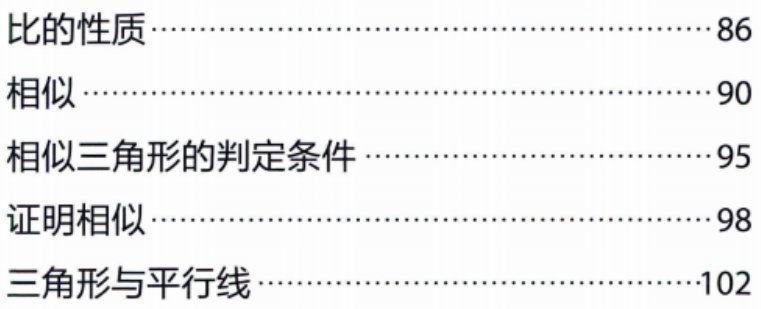
比的性质................................................86\\

相似.......................................................90\\

相似三角形的判定条件...................................95\\

证明相似..................................................98\\

三角形与平行线..........................................102